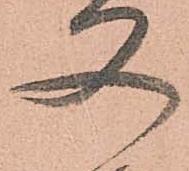
又